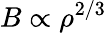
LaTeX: B\propto\rho^{2/3}